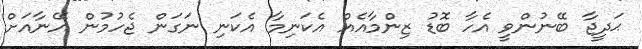
ޙަދީޖާ ބޭނުންވީ އެހާ ބޮޑު ޒިންމާއެއް އެކަނިމާ އެކަނި ނަގަން ޖެހުމުން އޭނާއަށް